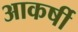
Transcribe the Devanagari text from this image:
आकर्षी